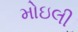
મોઇલી